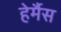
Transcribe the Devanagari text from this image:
हेर्मैस